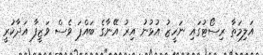
އަލިމަތާ ރިސޯޓުގައި ނަހީޒު އުޅުނު އިރު އޭނާގެ ބައްޕަ ވެސް ވަޒީފާ އަދާކުރީ